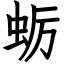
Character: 蛎